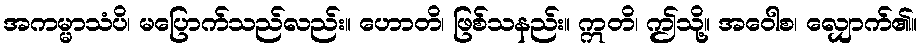
အကမ္မာသံပိ၊ မပြောက်သည်လည်း။ ဟောတိ၊ ဖြစ်သနည်း။ ဣတိ၊ ဤသို့။ အဝေါစ၊ လျှောက်၏။